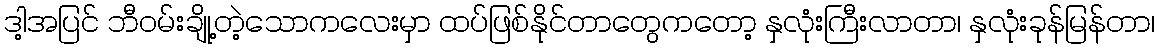
ဒါ့အပြင် ဘီဝမ်းချို့တဲ့သောကလေးမှာ ထပ်ဖြစ်နိုင်တာတွေကတော့ နှလုံးကြီးလာတာ၊ နှလုံးခုန်မြန်တာ၊